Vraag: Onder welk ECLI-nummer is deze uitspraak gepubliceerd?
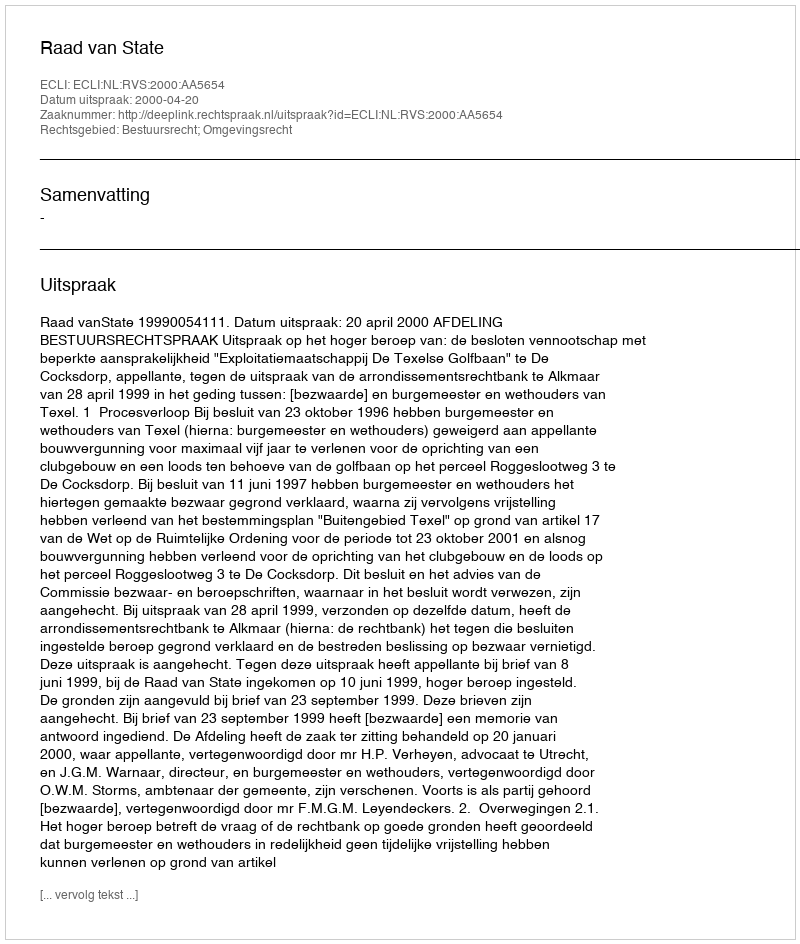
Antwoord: ECLI:NL:RVS:2000:AA5654